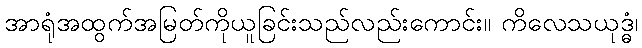
အာရုံအထွက်အမြတ်ကိုယူခြင်းသည်လည်းကောင်း။ ကိလေသယုဒ္ဓံ၊